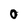
Character: O